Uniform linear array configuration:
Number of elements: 48
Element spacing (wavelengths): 0.25
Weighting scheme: exponential
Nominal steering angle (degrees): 30
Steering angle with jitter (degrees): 28.887
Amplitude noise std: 0.05
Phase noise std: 0.05

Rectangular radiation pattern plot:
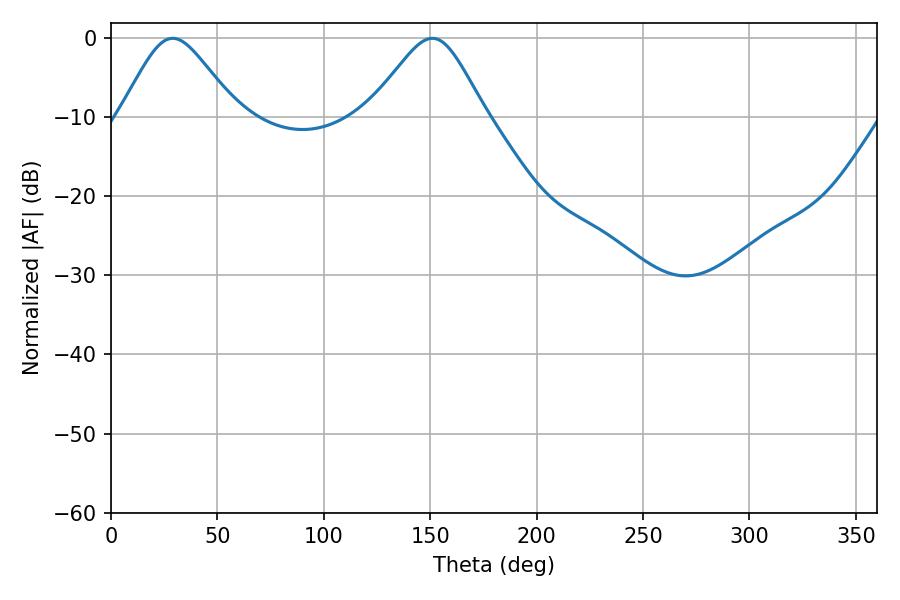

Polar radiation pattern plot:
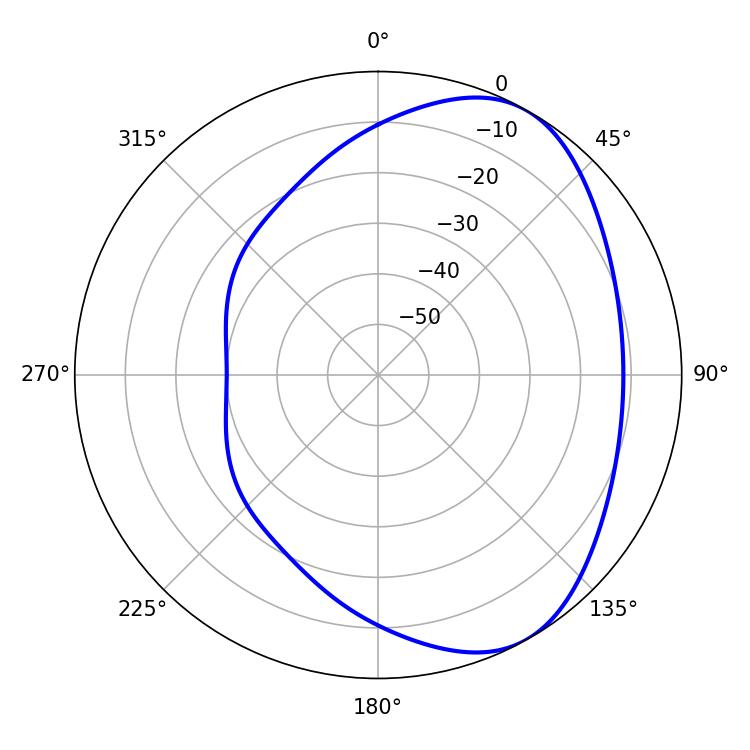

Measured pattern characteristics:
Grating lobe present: FALSE
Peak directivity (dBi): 5.19
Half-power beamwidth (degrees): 26.64
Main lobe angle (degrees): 28.98